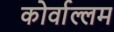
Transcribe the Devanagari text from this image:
कोर्वाल्लम